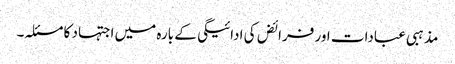
مذہبی عبادات اور فرائض کی ادائیگی کے بارہ میں اجتہاد کا مسئلہ۔